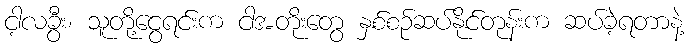
ငါ့လခွီး၊ သူတို့ငွေရင်းက ငါအတိုးတွေ နှစ်စဉ်ဆပ်နိုင်တုန်းက ဆပ်ခဲ့ရတာနဲ့